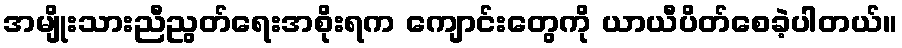
အမျိုးသားညီညွတ်ရေးအစိုးရက ကျောင်းတွေကို ယာယီပိတ်စေခဲ့ပါတယ်။